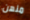
منهن